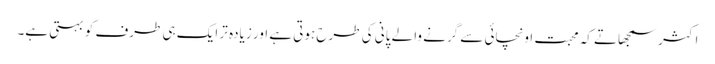
اکثر سمجھاتے کہ محبت اونچائی سے گرنے والے پانی کی طرح ہوتی ہے اور زیادہ تر ایک ہی طرف کو بہتی ہے۔